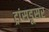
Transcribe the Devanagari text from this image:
ट्रांसडूसर